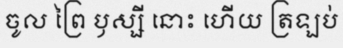
ចូល ព្រៃ ឫស្សី នោះ ហើយ ត្រឡប់